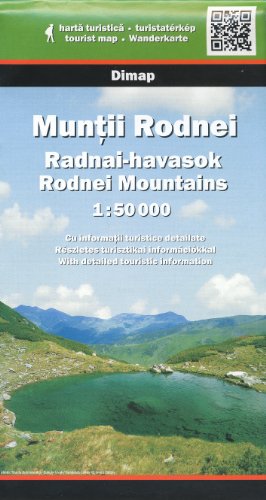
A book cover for Rodnei Mountains (Transylvania, Romania) 1:50,000 Hiking Map DIMAP; Dimap Romania; Travel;